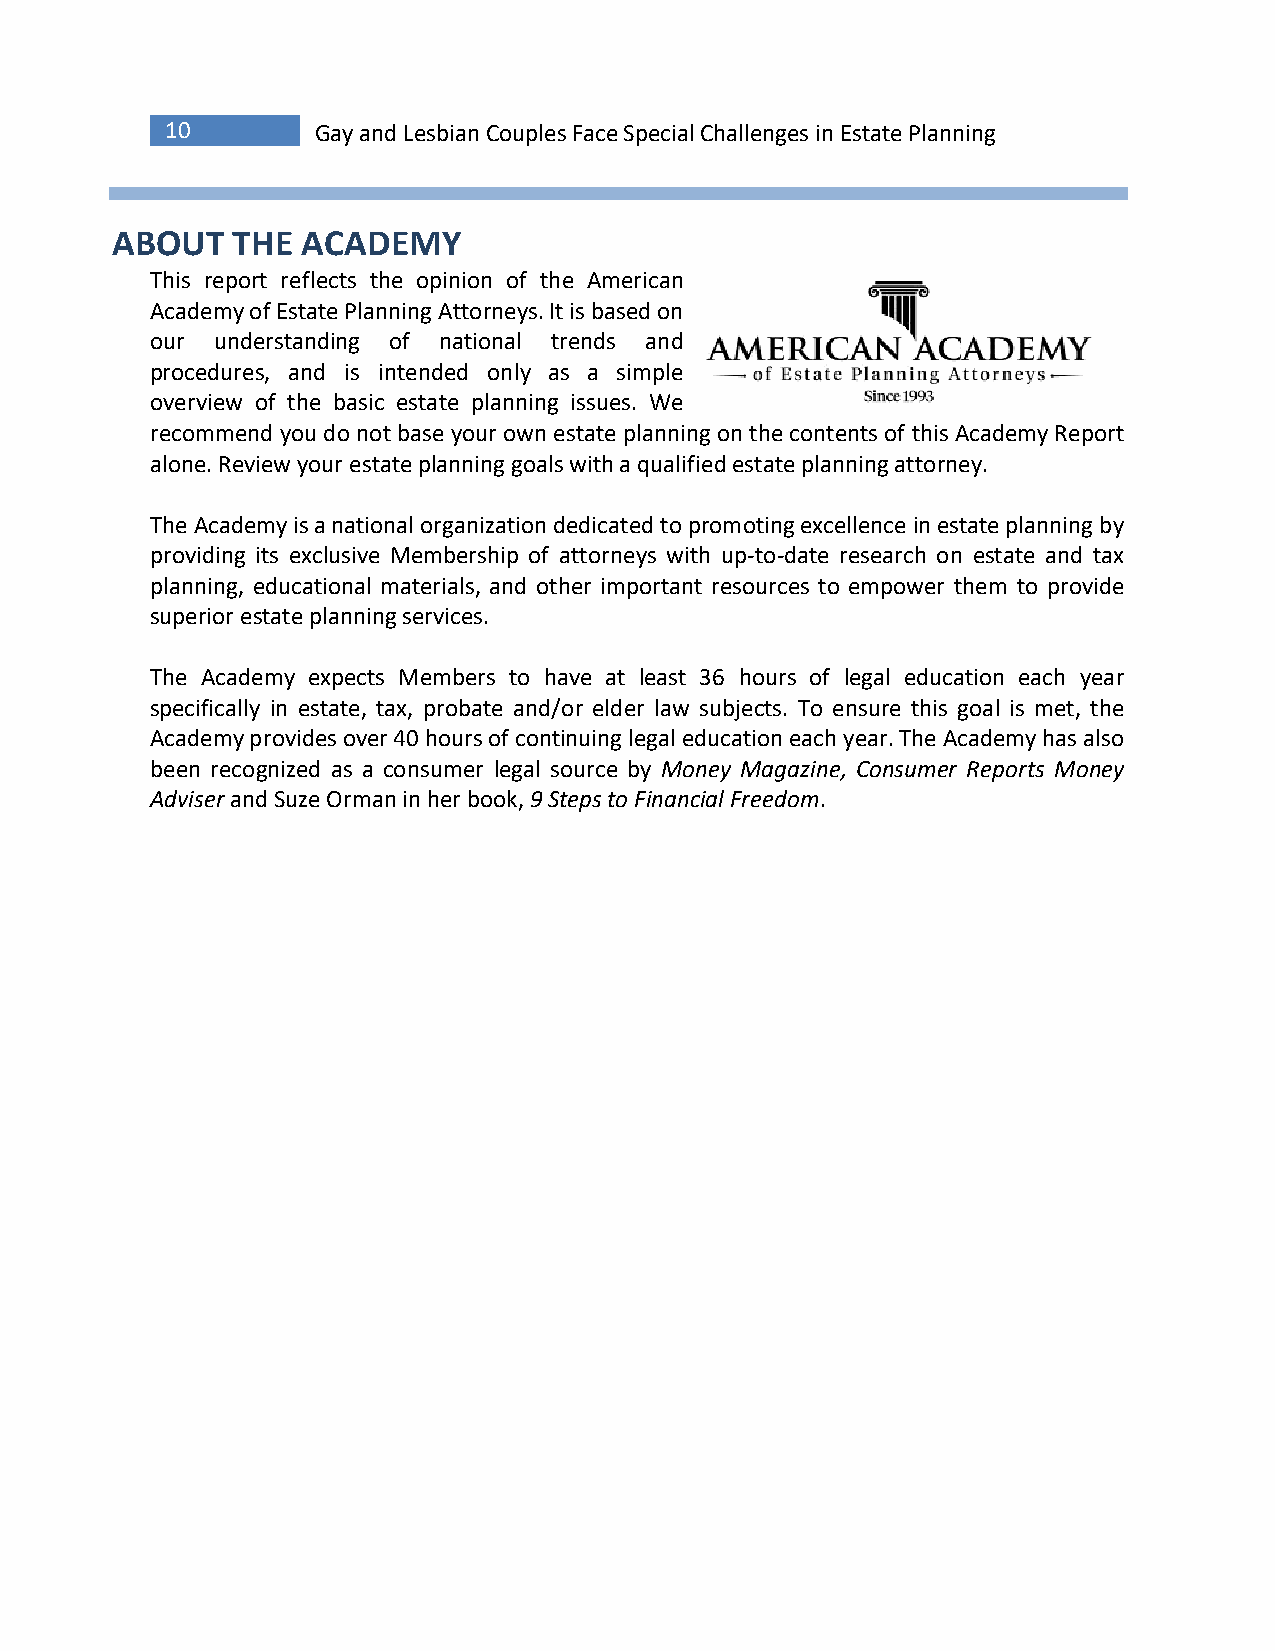
10        Gay and Lesbian Couples Face Special Challenges in Estate Planning
 ABOUT   THE  ACADEMY
 This report reflects the opinion of the American
 Academy of Estate Planning Attorneys. It is based on
 our understanding of national trends and
 procedures, and is intended only as a simple
 overview of the basic estate planning issues. We
 recommend you do not base your own estate planning on the contents of this Academy Report
 alone. Review your estate planning goals with a qualified estate planning attorney.
 The Academy is a national organization dedicated to promoting excellence in estate planning by
 providing its exclusive Membership of attorneys with up-to-date research on estate and tax
 planning, educational materials, and other important resources to empower them to provide
 superior estate planning services.
 The Academy expects Members to have at least 36 hours of legal education each year
 specifically in estate, tax, probate and/or elder law subjects. To ensure this goal is met, the
 Academy provides over 40 hours of continuing legal education each year. The Academy has also
 been recognized as a consumer legal source by Money Magazine, Consumer Reports Money
 Adviser and Suze Orman in her book, 9 Steps to Financial Freedom.